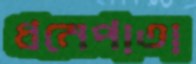
ধনেপাতা